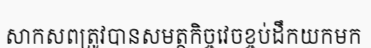
សាកសពត្រូវបានសមត្ថកិច្ចវេចខ្ចប់ដឹកយកមក